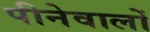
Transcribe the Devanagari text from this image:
पीनेवालों